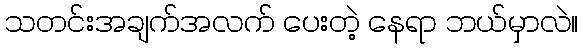
သတင်းအချက်အလက် ပေးတဲ့ နေရာ ဘယ်မှာလဲ။